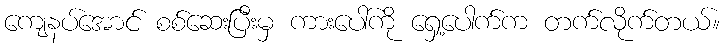
ကျေနပ်အောင် စစ်ဆေးပြီးမှ ကားပေါ်ကို ရှေ့ပေါက်က တက်လိုက်တယ်။